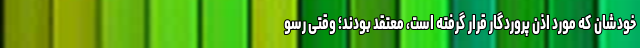
خودشان که مورد اذن پروردگار قرار گرفته است، معتقد بودند؛ وقتی رسو